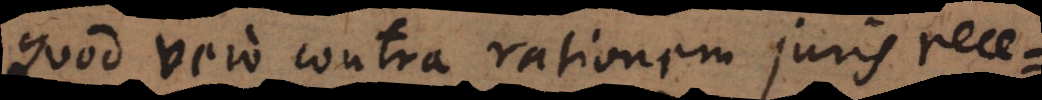
Quod vero contra rationem juris rece